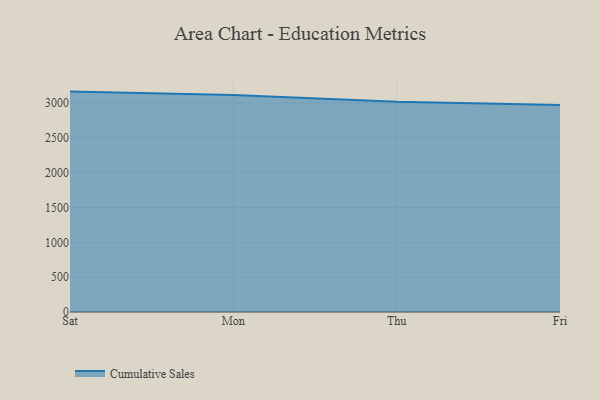
{"axis": {"x": "Day", "y": "Market Share (%)"}, "legend": ["Cumulative Sales"], "data": [{"x": "Sat", "y": 3164.0, "type": "Cumulative Sales"}, {"x": "Mon", "y": 3115.6, "type": "Cumulative Sales"}, {"x": "Thu", "y": 3017.1, "type": "Cumulative Sales"}, {"x": "Fri", "y": 2971.4, "type": "Cumulative Sales"}]}